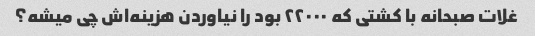
غلات صبحانه با کشتی که ۲۲۰۰۰ بود را نیاوردن هزینه‌اش چی میشه؟